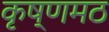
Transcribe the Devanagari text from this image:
कृष्णमठ